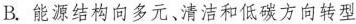
B. 能源结构向多元、清洁和低碳方向转型